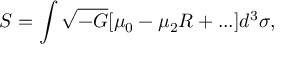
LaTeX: { \cal S } = \int \sqrt { - G } [ \mu _ { 0 } - \mu _ { 2 } R + . . . ] d ^ { 3 } \sigma ,